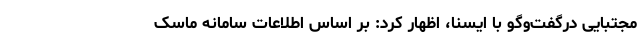
مجتبایی درگفت‌وگو با ایسنا، اظهار کرد: بر اساس اطلاعات سامانه ماسک